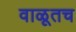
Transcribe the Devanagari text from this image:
वाळूतच